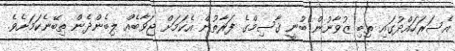
އެސަރަހައްދުގައި ތިބި ޒުވާނުން ބުނީ ޤާސިމްގެ ފަރާތުން އެކަމަށް ޖަވާބެއް ލިބެންދެން ތިބޭނެކަމަށެވެ.